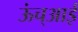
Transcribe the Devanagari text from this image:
ऊंच्आई